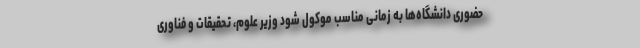
حضوری دانشگاه‌ها به زمانی مناسب موکول شود وزیر علوم، تحقیقات و فناوری